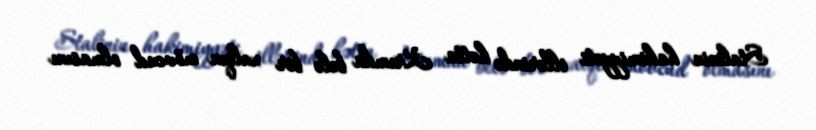
Stalinin hakimiyyəti illərində hətta Krımda belə bir xalqın mövcud olmasını